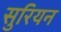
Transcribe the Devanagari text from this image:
सुरियन